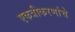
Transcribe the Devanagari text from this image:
एकत्रीकरणांचे